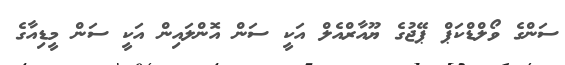
ސަންގެ ވޯލްޑްކަޕް ޕޭޖުގެ ޔޫއާރްއެލް އަކީ ސަން އޮންލައިން އަކީ ސަން މީޑިއާގެ